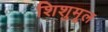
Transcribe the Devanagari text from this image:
शिशुमूल